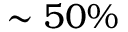
\sim 5 0 \%